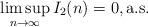
LaTeX: \begin{align*} \limsup_{n\to\infty}I_2(n)=0, \mbox{a.s.}\end{align*}